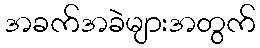
အခက်အခဲများအတွက်